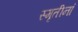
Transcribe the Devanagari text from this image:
स्मृतीनां